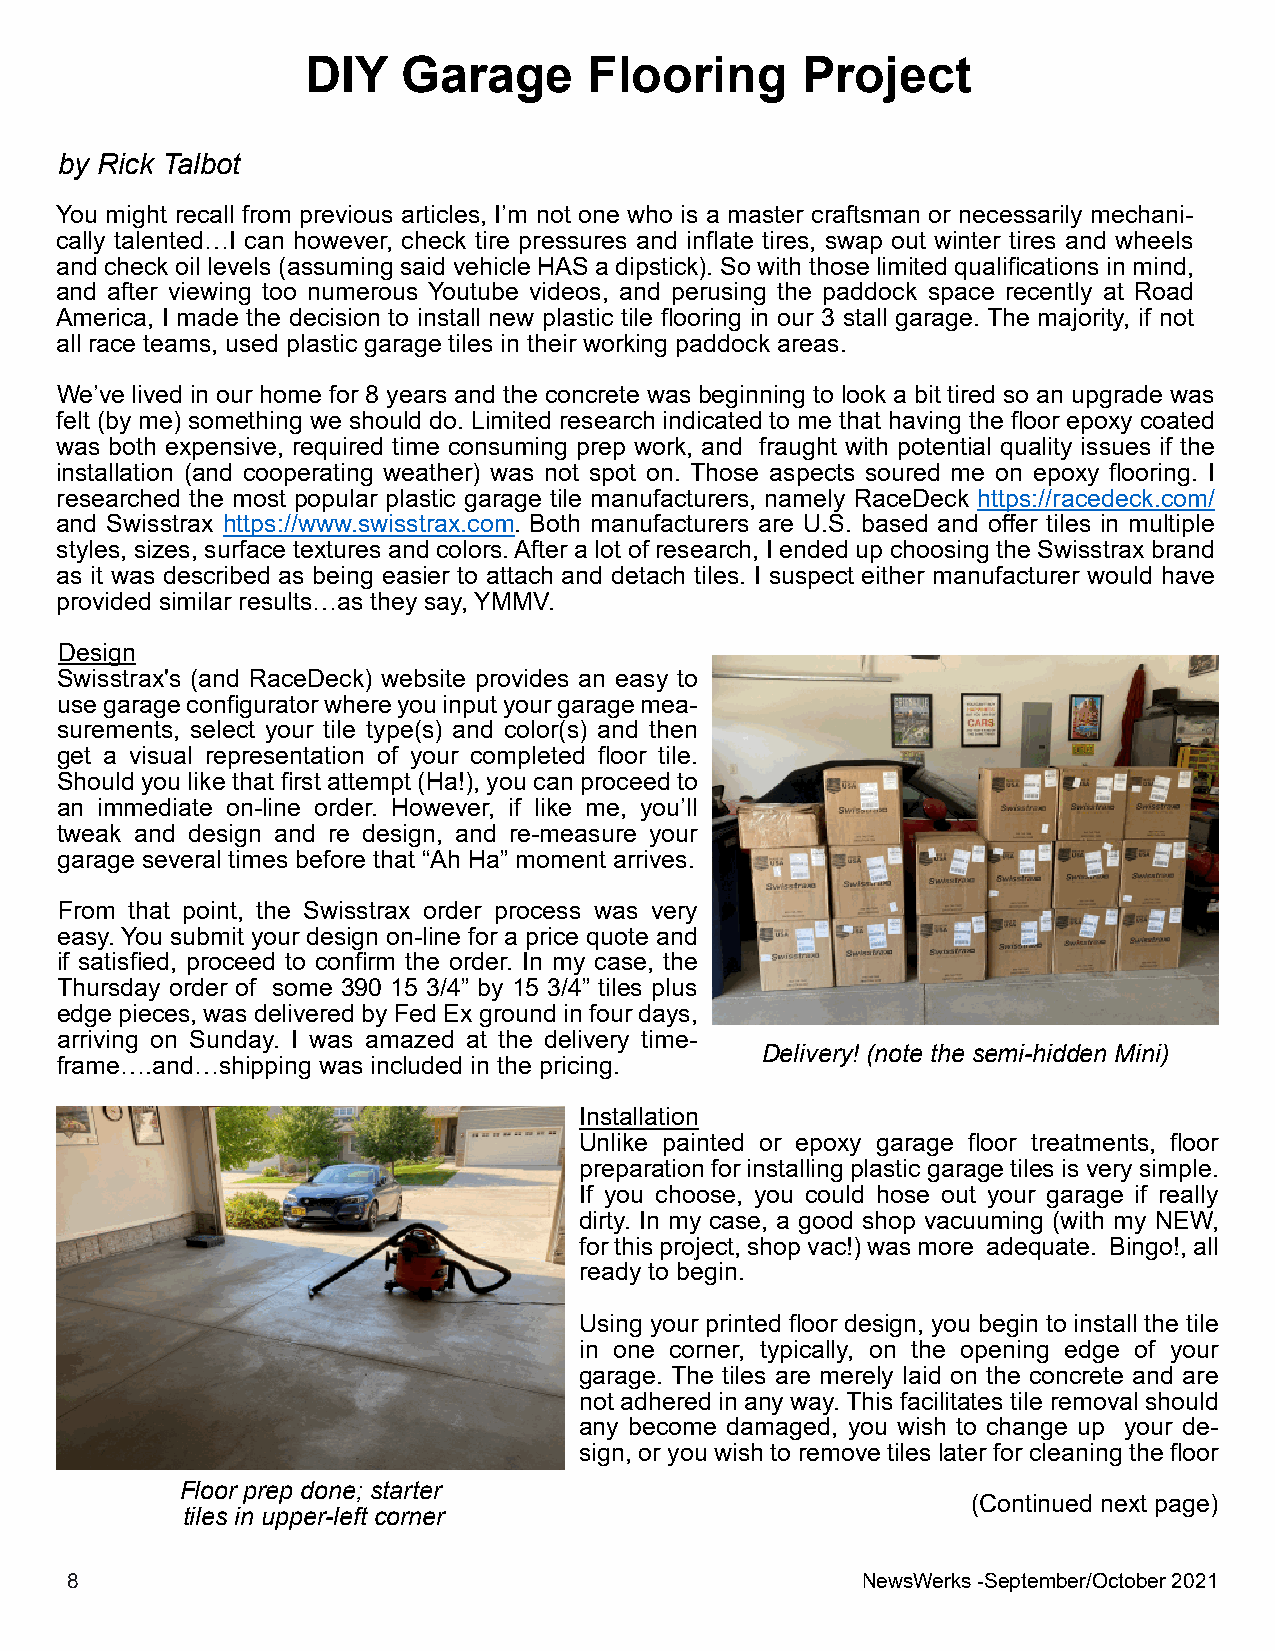
DIY    Garage      Flooring      Project
 by Rick Talbot
 You might recall from previous articles, I’m not one who is a master craftsman or necessarily mechani-
 cally talented…I can however, check tire pressures and inflate tires, swap out winter tires and wheels
 and check oil levels (assuming said vehicle HAS a dipstick). So with those limited qualifications in mind,
 and after viewing too numerous Youtube videos, and perusing the paddock space recently at Road
 America, I made the decision to install new plastic tile flooring in our 3 stall garage. The majority, if not
 all race teams, used plastic garage tiles in their working paddock areas.
 We’ve lived in our home for 8 years and the concrete was beginning to look a bit tired so an upgrade was
 felt (by me) something we should do. Limited research indicated to me that having the floor epoxy coated
 was both expensive, required time consuming prep work, and fraught with potential quality issues if the
 installation (and cooperating weather) was not spot on. Those aspects soured me on epoxy flooring. I
 researched the most popular plastic garage tile manufacturers, namely RaceDeck https://racedeck.com/
 and Swisstrax https://www.swisstrax.com. Both manufacturers are U.S. based and offer tiles in multiple
 styles, sizes, surface textures and colors.After a lot of research, I ended up choosing the Swisstrax brand
 as it was described as being easier to attach and detach tiles. I suspect either manufacturer would have
 provided similar results…as they say, YMMV.
 Design
 Swisstrax's (and RaceDeck) website provides an easy to
 usegarageconfiguratorwhereyouinputyourgaragemea-
 surements, select your tile type(s) and color(s) and then
 get a visual representation of your completed floor tile.
 Should you like that first attempt (Ha!), you can proceed to
 an immediate on-line order. However, if like me, you’ll
 tweak and design and re design, and re-measure your
 garage several times before that “Ah Ha” moment arrives.
 From that point, the Swisstrax order process was very
 easy. You submit your design on-line for a price quote and
 if satisfied, proceed to confirm the order. In my case, the
 Thursday order of some 390 15 3/4” by 15 3/4” tiles plus
 edgepieces,wasdeliveredbyFedExgroundinfourdays,
 arriving on Sunday. I was amazed at the delivery time-
 Delivery! (note the semi-hidden Mini)
 frame….and…shipping was included in the pricing.
 Installation
 Unlike painted or epoxy garage floor treatments, floor
 preparationforinstallingplasticgaragetilesisverysimple.
 If you choose, you could hose out your garage if really
 dirty. In my case, a good shop vacuuming (with my NEW,
 forthisproject,shopvac!)wasmore adequate. Bingo!,all
 ready to begin.
 Using your printed floor design, you begin to install the tile
 in one corner, typically, on the opening edge of your
 garage. The tiles are merely laid on the concrete and are
 not adhered in any way.This facilitates tile removal should
 any become damaged, you wish to change up your de-
 sign, or you wish to remove tiles later for cleaning the floor
 Floor prep done; starter
 (Continued next page)
 tiles in upper-left corner
 8                                                    NewsWerks-September/October2021